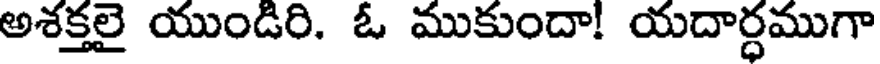
అశక్తలై యుండిరి. ఓ ముకుందా! యదార్ధముగా